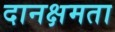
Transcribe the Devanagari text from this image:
दानक्षमता